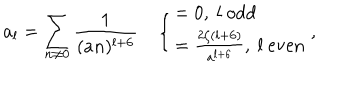
a _ { l } = \sum _ { n \neq 0 } \frac { 1 } { ( a n ) ^ { l + 6 } } \quad \left\{ \begin{array} { l } { { = 0 , \ l \ \mathrm { o d d } } } \\ { { = \frac { 2 \zeta ( l + 6 ) } { a ^ { l + 6 } } , \ l \ \mathrm { e v e n } } } \\ \end{array} \right. ,